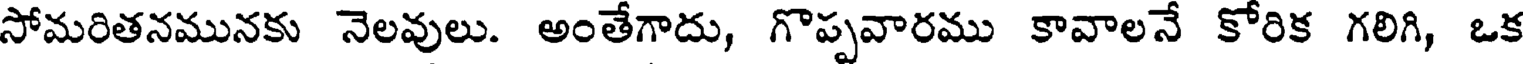
సోమరితనమునకు నెలవులు. అంతేగాదు, గొప్పవారము కావాలనే కోరిక గలిగి, ఒక